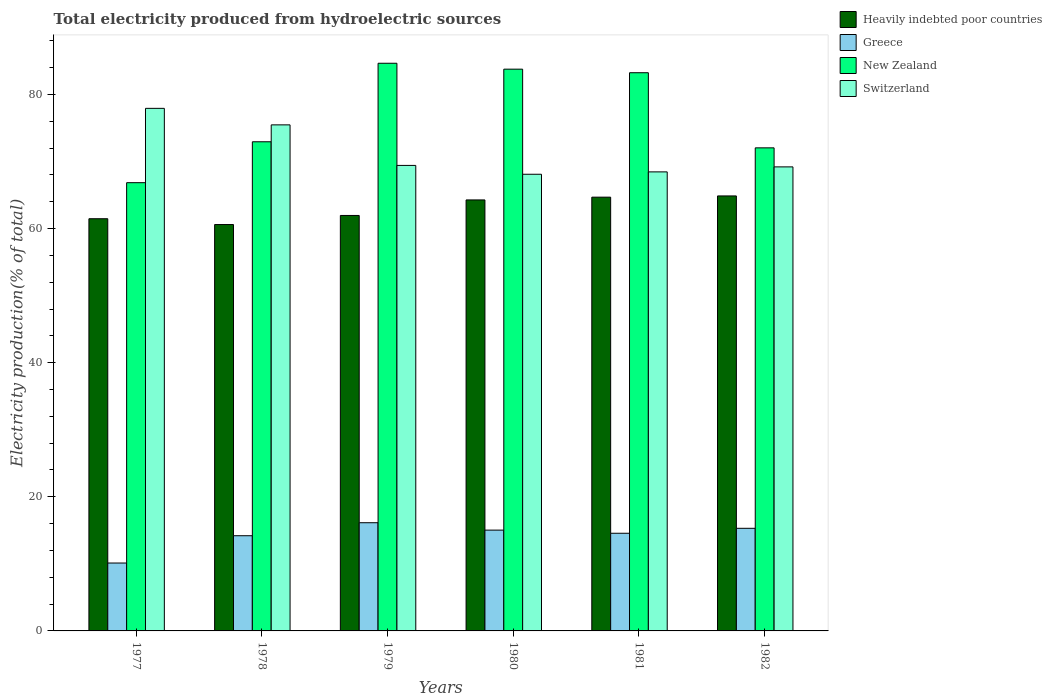
| Years | Heavily indebted poor countries | Greece | New Zealand | Switzerland |
 | --- | --- | --- | --- | --- |
 | 1977 | 61.5 | 10.1 | 66.8 | 77.9 |
 | 1978 | 60.6 | 14.2 | 72.9 | 75.5 |
 | 1979 | 62 | 16.1 | 84.6 | 69.4 |
 | 1980 | 64.3 | 15 | 83.8 | 68.1 |
 | 1981 | 64.7 | 14.6 | 83.2 | 68.5 |
 | 1982 | 64.9 | 15.3 | 72 | 69.2 |